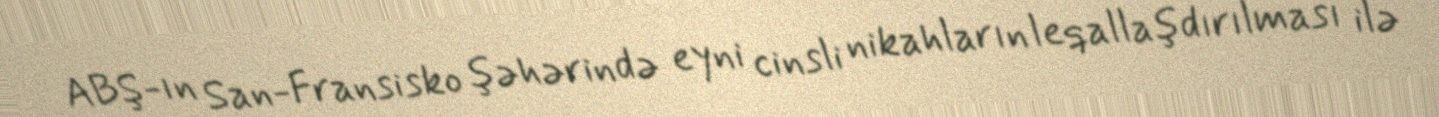
ABŞ-ın San-Fransisko şəhərində eyni cinsli nikahların leqallaşdırılması ilə